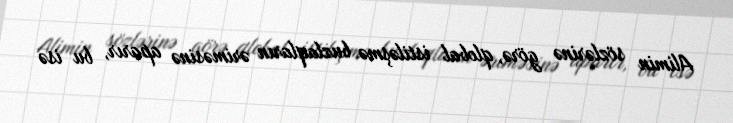
Alimin sözlərinə görə, qlobal istiləşmə buzlaqların əriməsinə aparır, bu isə